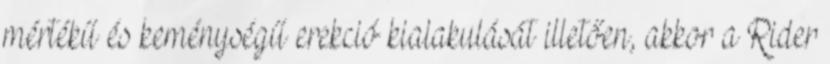
mértékű és keménységű erekció kialakulását illetően, akkor a Rider